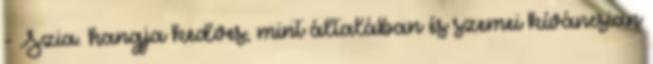
- Szia. hangja kedves, mint általában és szemei kíváncsian